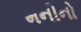
મનીનો